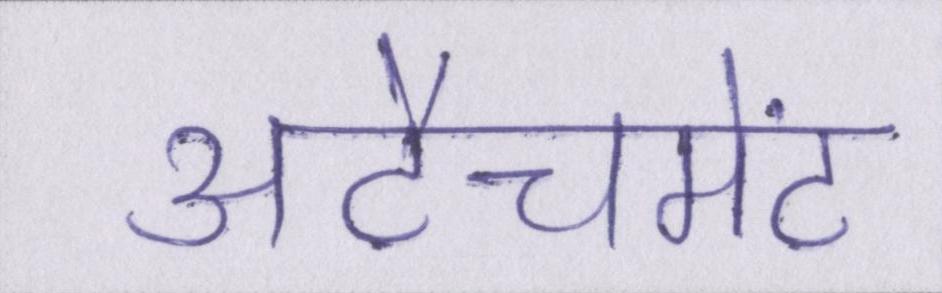
अटैचमेंट